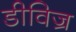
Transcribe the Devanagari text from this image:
डीविज्र